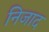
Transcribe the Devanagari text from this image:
निजाद